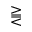
\gtreqqless